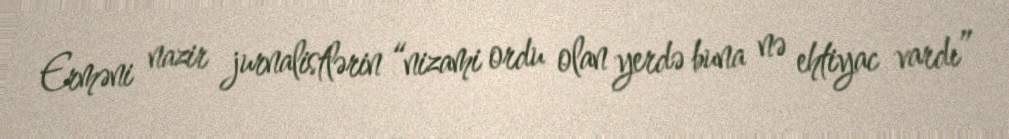
Erməni nazir jurnalistlərin “nizami ordu olan yerdə buna nə ehtiyac vardı”